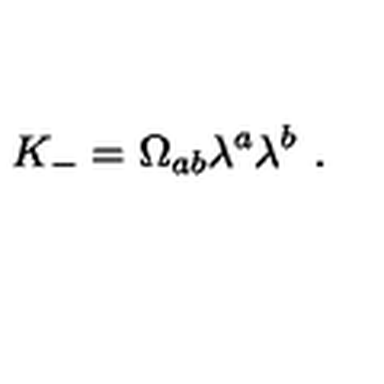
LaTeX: K _ { - } = \Omega _ { a b } \lambda ^ { a } \lambda ^ { b } \ .